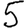
Digit: 5